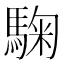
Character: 𩣽